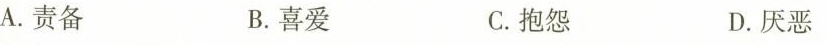
A.责备 B.喜爱 C.抱怨 D.厌恶